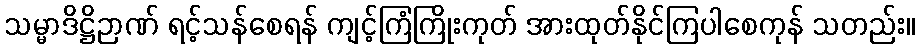
သမ္မာဒိဋ္ဌိဉာဏ် ရင့်သန်စေရန် ကျင့်ကြံကြိုးကုတ် အားထုတ်နိုင်ကြပါစေကုန် သတည်း။